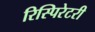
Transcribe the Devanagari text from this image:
रिस्पिरेटरी